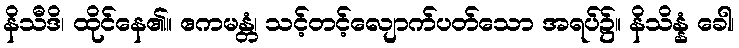
နိသီဒိ၊ ထိုင်နေ၏။ ဧကမန္တံ၊ သင့်တင့်လျောက်ပတ်သော အရပ်၌။ နိသိန္နံ ခေါ၊